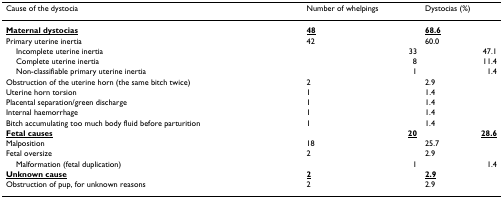
| Cause of the dystocia | Number of whelpings | Dystocias (%) |
 | --- | --- | --- |
 | <underline>Maternal dystocias</underline> | <underline>48</underline> | <underline>68.6</underline> |
 | Primary uterine inertia | 42 | 60.0 |
 | Incomplete uterine inertia | 33 | 47.1 |
 | Complete uterine inertia | 8 | 11.4 |
 | Non-classifiable primary uterine inertia | 1 | 1.4 |
 | Obstruction of the uterine horn (the same bitch twice) | 2 | 2.9 |
 | Uterine horn torsion | 1 | 1.4 |
 | Placental separation/green discharge | 1 | 1.4 |
 | Internal haemorrhage | 1 | 1.4 |
 | Bitch accumulating too much body fluid before parturition | 1 | 1.4 |
 | <underline>Fetal causes</underline> | <underline>20</underline> | <underline>28.6</underline> |
 | Malposition | 18 | 25.7 |
 | Fetal oversize | 2 | 2.9 |
 | Malformation (fetal duplication) | 1 | 1.4 |
 | <underline>Unknown cause</underline> | <underline>2</underline> | <underline>2.9</underline> |
 | Obstruction of pup, for unknown reasons | 2 | 2.9 |